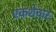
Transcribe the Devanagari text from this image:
एकशेचार